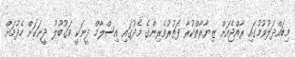
މިބައްދަލުވުމުގައި ރާއްޖެއަށް ޒިޔާރާތްކުރާ ފަތުރުވެރިންގެ މެދުގައި އިސްލާމް ދީނަކީ މަގުބޫލު ދީނަކަށް ހެދުމަށް